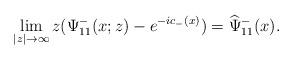
LaTeX: \begin{align*}\lim _{|z| \rightarrow \infty}z(\Psi^-_{11}(x;z)-e^{-ic_-(x)})=\widehat{\Psi}^-_{11}(x).\end{align*}